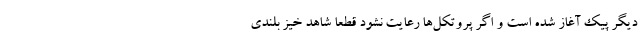
دیگر پیک آغاز شده است و اگر پروتکل‌ها رعایت نشود قطعا شاهد خیز بلندی